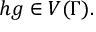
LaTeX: h g \in V ( \Gamma ) .